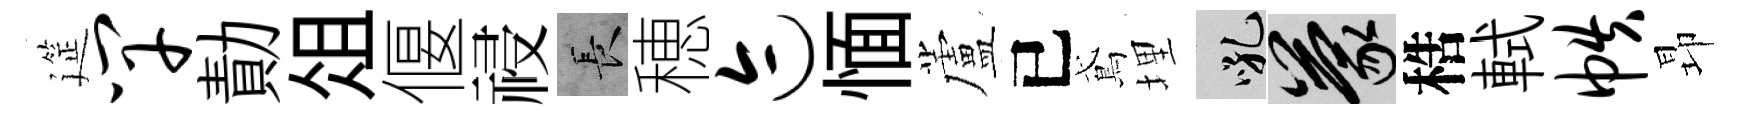
筵竿勣俎偃祲长穂迹愐蘆已鳶埋吼蒙梏軾帙昻